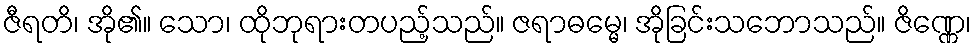
ဇီရတိ၊ အို၏။ သော၊ ထိုဘုရားတပည့်သည်။ ဇရာဓမ္မေ၊ အိုခြင်းသဘောသည်။ ဇိဏ္ဏေ၊